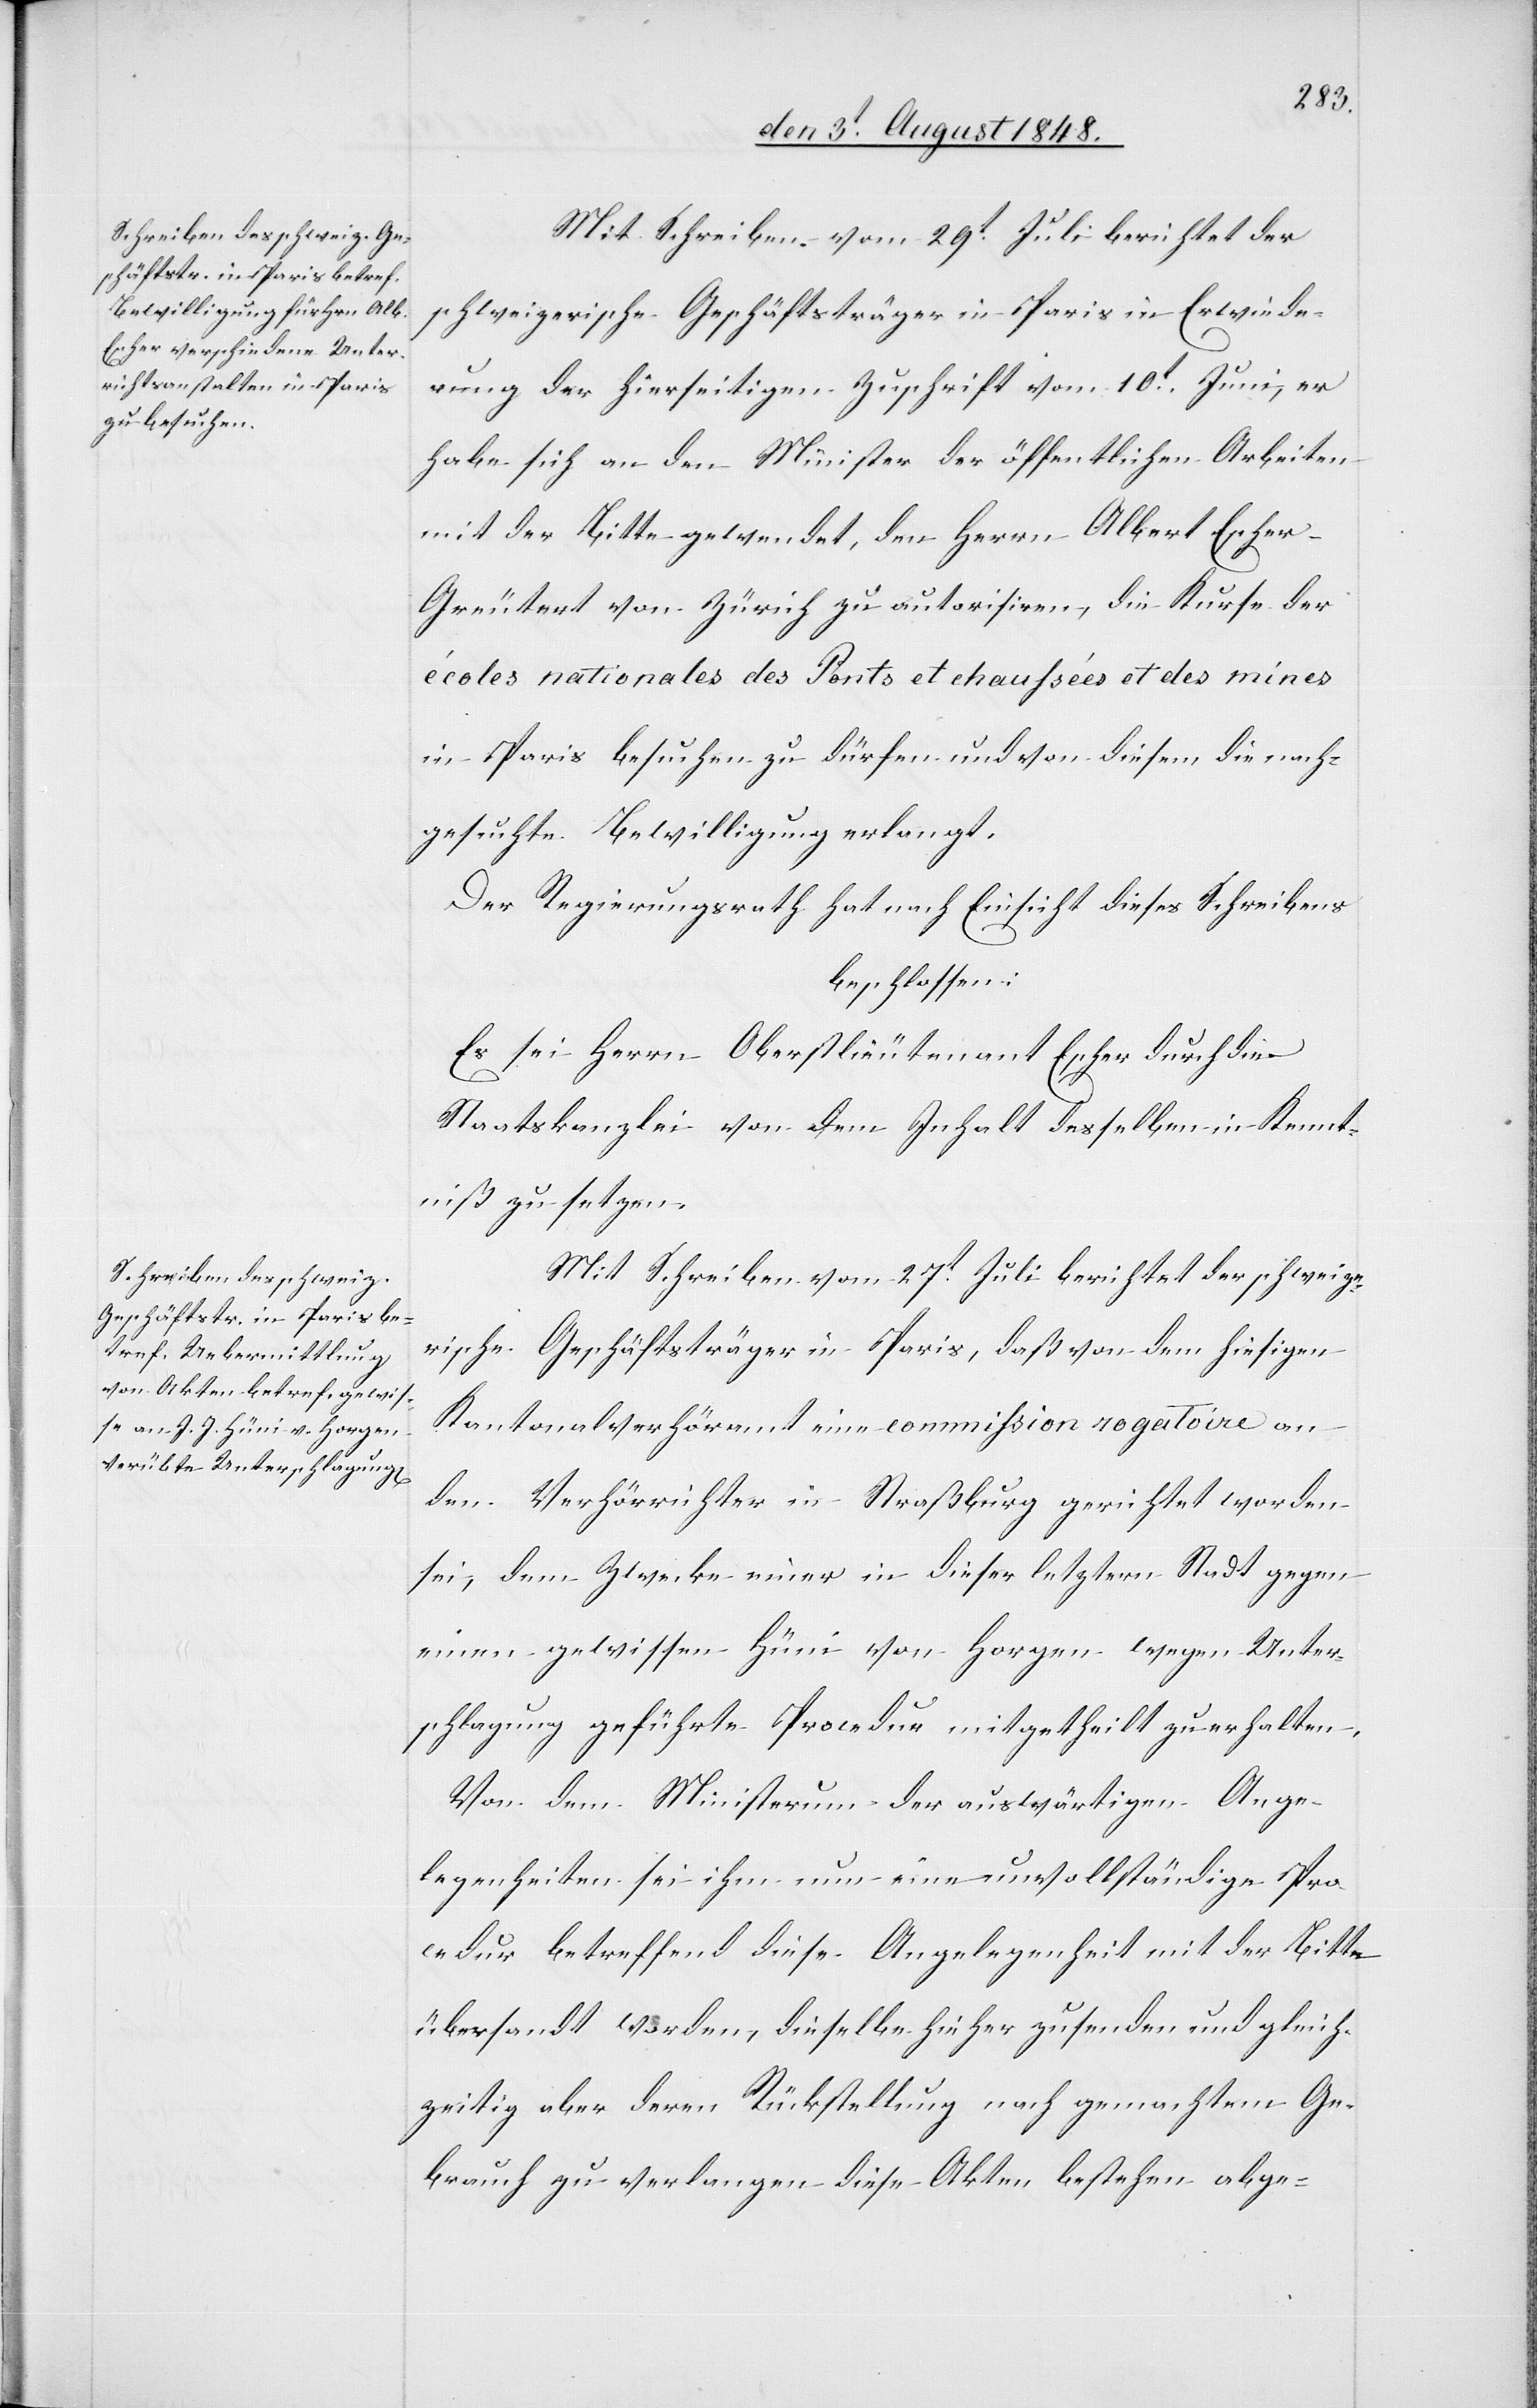
Mit Schreiben vom 29t Juli berichtet der
schweizerische Geschäftsträger in Paris in Erwiede¬
rung der hierseitigen Zuschrift vom 10t Juni, er
habe sich an den Minister der öffentlichen Arbeiten
mit der Bitte gewendet, den Herrn Albert Esche¬
r-Greutert von Zürich zu autorisiren, die Kurse der
école nationales des Ponts et chaussées et des mines
in Paris besuchen zu dürfen und von diesem die nach¬
gesuchte Bewilligung erlangt.
Der Regierungsrath hat nach Einsicht dieses Schreibens
beschlossen:
Es sei dem Herrn Oberstlieutenant Escher durch die
Staatskanzlei von dem Inhalt desselben in Kennt¬
niß zu setzen.
Mit Schreiben vom 27t Juli berichtet der schweize¬
rische Geschäftsträger in Paris, daß von dem hiesigen
Kantonalverhöramt eine commission rogatoire an
den Verhörrichter in Straßburg gerichtet worden
sei, dem Zwecke einer in dieser letztern Stadt gegen
einen gewissen Hüni von Horgen wegen Unter¬
schlagung geführte Procedur mitgetheilt zu erhalten.
Von dem Ministerium der auswärtigen Ange¬
legenheiten sei ihm nun eine unvollständige Pro¬
cedur betreffend diese Angelegenheit mit der Bitte
übersandt worden, dieselbe hieher zu senden und gleich¬
zeitig aber deren Rückstellung nach gemachtem Ge¬
brauch zu verlangen diese Akten bestehen abge-